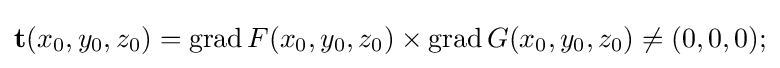
\mathbf {t} (x_{0},y_{0},z_{0})=\operatorname {grad} F(x_{0},y_{0},z_{0})\times \operatorname {grad} G(x_{0},y_{0},z_{0})\neq (0,0,0);